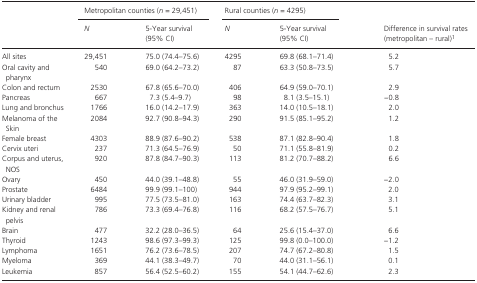
<table><thead><tr><td rowspan="2"></td><td colspan="2"><b>Metropolitan counties (<i>n</i> = 29,451)</b></td><td colspan="2"><b>Rural counties (<i>n</i> = 4295)</b></td><td rowspan="2"><b>Difference in survival rates (metropolitan – rural)a</b></td></tr><tr><td><b><i>N</i></b></td><td><b>5‐Year survival (95% CI)</b></td><td><b><i>N</i></b></td><td><b>5‐Year survival (95% CI)</b></td></tr></thead><tbody><tr><td>All sites</td><td>29,451</td><td>75.0 (74.4–75.6)</td><td>4295</td><td>69.8 (68.1–71.4)</td><td>5.2</td></tr><tr><td>Oral cavity and pharynx</td><td>540</td><td>69.0 (64.2–73.2)</td><td>87</td><td>63.3 (50.8–73.5)</td><td>5.7</td></tr><tr><td>Colon and rectum</td><td>2530</td><td>67.8 (65.6–70.0)</td><td>406</td><td>64.9 (59.0–70.1)</td><td>2.9</td></tr><tr><td>Pancreas</td><td>667</td><td>7.3 (5.4–9.7)</td><td>98</td><td>8.1 (3.5–15.1)</td><td>−0.8</td></tr><tr><td>Lung and bronchus</td><td>1766</td><td>16.0 (14.2–17.9)</td><td>363</td><td>14.0 (10.5–18.1)</td><td>2.0</td></tr><tr><td>Melanoma of the Skin</td><td>2084</td><td>92.7 (90.8–94.3)</td><td>290</td><td>91.5 (85.1–95.2)</td><td>1.2</td></tr><tr><td>Female breast</td><td>4303</td><td>88.9 (87.6–90.2)</td><td>538</td><td>87.1 (82.8–90.4)</td><td>1.8</td></tr><tr><td>Cervix uteri</td><td>237</td><td>71.3 (64.5–76.9)</td><td>50</td><td>71.1 (55.8–81.9)</td><td>0.2</td></tr><tr><td>Corpus and uterus, NOS</td><td>920</td><td>87.8 (84.7–90.3)</td><td>113</td><td>81.2 (70.7–88.2)</td><td>6.6</td></tr><tr><td>Ovary</td><td>450</td><td>44.0 (39.1–48.8)</td><td>55</td><td>46.0 (31.9–59.0)</td><td>−2.0</td></tr><tr><td>Prostate</td><td>6484</td><td>99.9 (99.1–100)</td><td>944</td><td>97.9 (95.2–99.1)</td><td>2.0</td></tr><tr><td>Urinary bladder</td><td>995</td><td>77.5 (73.5–81.0)</td><td>163</td><td>74.4 (63.7–82.3)</td><td>3.1</td></tr><tr><td>Kidney and renal pelvis</td><td>786</td><td>73.3 (69.4–76.8)</td><td>116</td><td>68.2 (57.5–76.7)</td><td>5.1</td></tr><tr><td>Brain</td><td>477</td><td>32.2 (28.0–36.5)</td><td>64</td><td>25.6 (15.4–37.0)</td><td>6.6</td></tr><tr><td>Thyroid</td><td>1243</td><td>98.6 (97.3–99.3)</td><td>125</td><td>99.8 (0.0–100.0)</td><td>−1.2</td></tr><tr><td>Lymphoma</td><td>1651</td><td>76.2 (73.6–78.5)</td><td>207</td><td>74.7 (67.2–80.8)</td><td>1.5</td></tr><tr><td>Myeloma</td><td>369</td><td>44.1 (38.3–49.7)</td><td>70</td><td>44.0 (31.1–56.1)</td><td>0.1</td></tr><tr><td>Leukemia</td><td>857</td><td>56.4 (52.5–60.2)</td><td>155</td><td>54.1 (44.7–62.6)</td><td>2.3</td></tr></tbody></table>